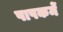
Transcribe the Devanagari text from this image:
पापकर्मे